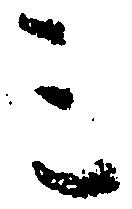
ミ